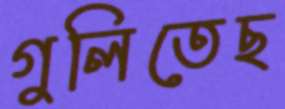
গুলিতেছ